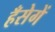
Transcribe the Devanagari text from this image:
हँसेगें